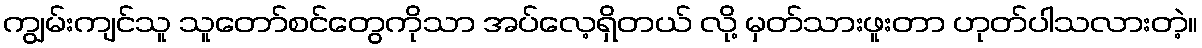
ကျွမ်းကျင်သူ သူတော်စင်တွေကိုသာ အပ်လေ့ရှိတယ် လို့ မှတ်သားဖူးတာ ဟုတ်ပါသလားတဲ့။